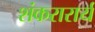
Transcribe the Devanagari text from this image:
शंकरारार्य